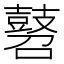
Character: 𪔓